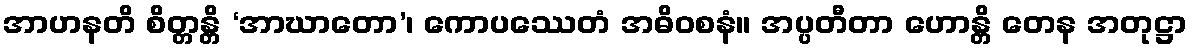
အာဟနတိ စိတ္တန္တိ ‘အာဃာတော’၊ ကောပဿေတံ အဓိဝစနံ။ အပ္ပတီတာ ဟောန္တိ တေန အတုဋ္ဌာ